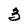
Character: 3